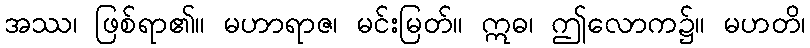
အဿ၊ ဖြစ်ရာ၏။ မဟာရာဇ၊ မင်းမြတ်။ ဣဓ၊ ဤလောက၌။ မဟတိ၊